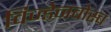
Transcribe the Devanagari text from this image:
विज्डेनबोस्च